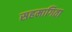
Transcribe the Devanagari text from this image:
सहमागिता